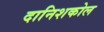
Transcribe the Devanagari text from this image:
दानिशकोल